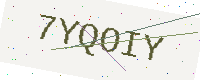
Text: 7YQOIY